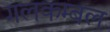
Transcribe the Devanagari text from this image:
गलकम्बल